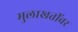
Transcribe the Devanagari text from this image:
मुलाखतींवर